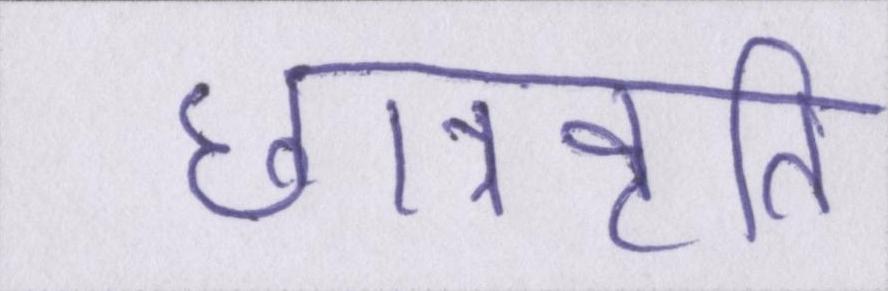
छात्रवृति